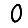
Digit: 0